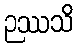
ဉဿသိ